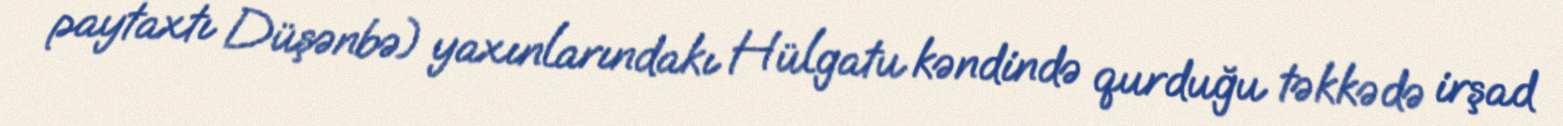
paytaxtı Düşənbə) yaxınlarındakı Hülgatu kəndində qurduğu təkkədə irşad